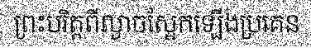
ព្រះបរិត្តពីល្ងាចស្អែកឡើងប្រគេន